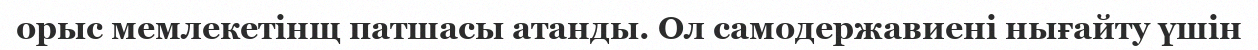
орыс мемлекетінщ патшасы атанды. Ол самодержавиені нығайту үшін